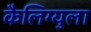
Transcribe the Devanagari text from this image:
कैलिग्युला